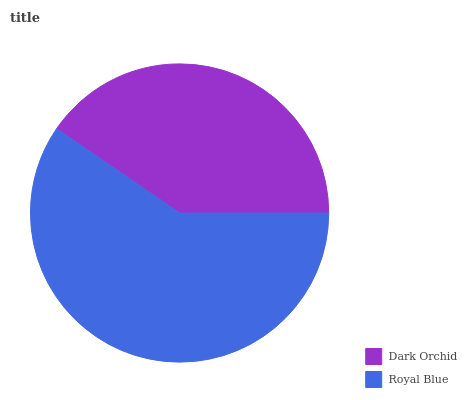
| Dark Orchid | Royal Blue |
 | --- | --- |
 | 40.4% | 59.6% |